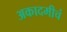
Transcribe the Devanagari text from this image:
अकादमीचं